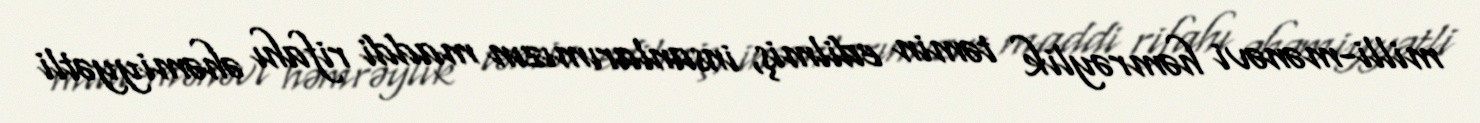
milli-mənəvi həmrəylik təmin edilmiş, insanlarımızın maddi rifahı əhəmiyyətli